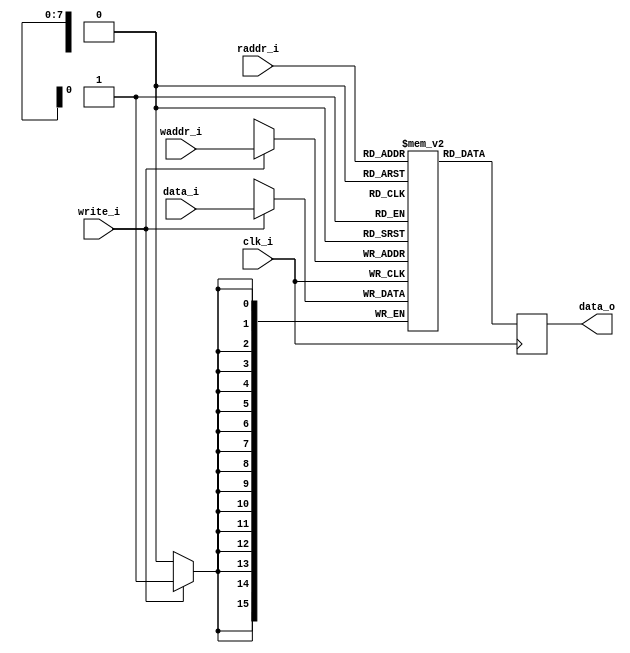
`ifndef BRAM_DUAL_NEG_GUARD
`define BRAM_DUAL_NEG_GUARD

// Dual port inferred block ram

module bram_dual_negedge
  #(
    parameter memSize_p = 8,
    parameter dataWidth_p = 16
  )
  (
    input wire clk_i,
    input wire write_i,
    input wire [dataWidth_p-1:0] data_i,

    input wire [(memSize_p - 1):0]  waddr_i,
    input wire [(memSize_p - 1):0]  raddr_i,

    output reg [(dataWidth_p - 1):0] data_o = 0
  );

  reg [(dataWidth_p - 1):0] memory [2**memSize_p-1:0] /* synthesis syn_ramstyle = "no_rw_check" */;

  // always @(posedge clk_i) begin
  //   if (write_i) begin
  //     memory[waddr_i] <= data_i;
  //     if (waddr_i == raddr_i)
  //       data_o <= data_i;
  //     else
  //       data_o <= memory[raddr_i];
  //   end else
  //     data_o <= memory[raddr_i];
  // end
  always @(posedge clk_i) begin
    if (write_i)
      memory[waddr_i] <= data_i;
  end

  always @(negedge clk_i) begin
    data_o <= memory[raddr_i];
  end

  `ifdef FORMAL
    // FORMAL prove
    reg timeValid_f = 0;
    always @(posedge clk_i) timeValid_f <= 1;

    always @(posedge clk_i) begin
      // Check that data is correctly written
      if (timeValid_f && $past(write_i)) begin
        assert(memory[$past(waddr_i)] == $past(data_i));
      end

      // // Check that data will be correctly read on the next clock
      // if (timeValid_f && $past(write_i) && read_i && raddr_i == $past(waddr_i)) begin
      //   assert(data_o == $past(data_i));
      // end
    end

  `endif

endmodule
`endif // BRAM_DUAL_GUARD